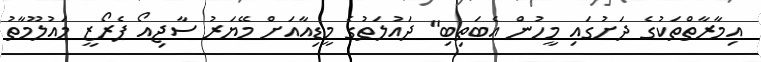
އިމާރާތްތަކުގެ ދަށުގައި މީހުން އެބަތިބި" ދައުލަތުގެ މީޑިއާއަށް މޭޔަރު ސާޖިއޯ ޕެރޯޒީ މައުލޫމާތު